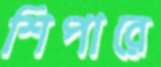
শিপারে